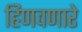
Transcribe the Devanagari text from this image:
हिणवणारे